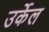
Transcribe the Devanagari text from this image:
उर्केल